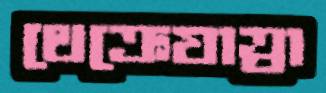
থেক্রেযাত্রা